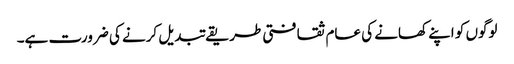
لوگوں کو اپنے کھانے کی عام ثقافتی طریقے تبدیل کرنے کی ضرورت ہے۔